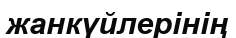
жанкүйлерінің